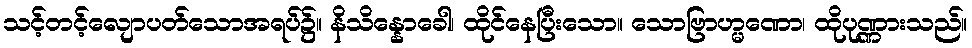
သင့်တင့်လျောပတ်သောအရပ်၌။ နိသိန္နောခေါ၊ ထိုင်နေပြီးသော။ သောဗြာဟ္မဏော၊ ထိုပုဏ္ဏားသည်။